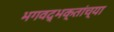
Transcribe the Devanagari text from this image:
भगवद्भक्तांच्या